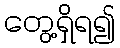
တွေ့ရှိရ၍